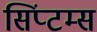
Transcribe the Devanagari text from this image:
सिंप्टम्स